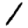
Digit: 1